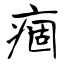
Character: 痼